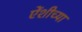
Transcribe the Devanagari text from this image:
एेंशीच्या